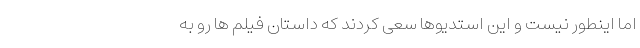
اما اینطور نیست و این استدیوها سعی کردند که داستان فیلم ها رو به